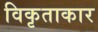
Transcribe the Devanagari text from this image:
विकृताकार